Statistical return of the lunatic asylum in Assam - 1912-1932
Year: 1912
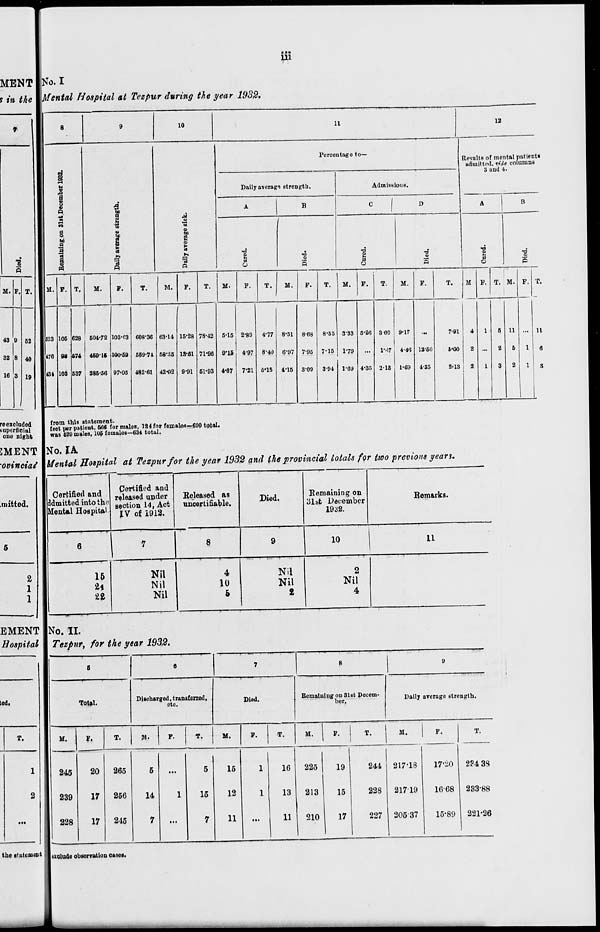
MENT
y in the
3
s
M. F.
43 0
32
16 3
•»»
111
No. I
Mental Hospital at Tezpur during the year 1932.
10
n
12
a
o
P
a o
bo
a
I
CS
a
5
44
s,
B
rt
P
Percentage to-
Daily average strength.
B
0
Admissions.
Results of mental putients
admitted, vide columns
3 and 4.
D
s
"8
P
II. F.
M.
M.
M.
M.
T.
623
476
131
105
9«
103
628 604-72
£74 46016
S37 386-66
103-63
100-59
97-05
608-36
569-71
482-61
63-14
58-:l5
42-02
15-28
13-61
9-91
78-42
71'96
51-93
5-15 2-89
9-15
4-87
4-97
7-21
4-77
8-40
6-18
8-51
6-97
4-15
8-68
7-95
3-09
8-55
7-15
3-94
M.
F.
T.
M.
F.
T.
M F. T. M. F.
3-33 5-20 360 9-17
7-91
4
1
5 11
1-79
... l-'!7 4-1'J 12-60
S'OO
2 ...
2
6
1
1-6!) 4-35 2-18 1-69 4-35
2-13
2
1
3
2
1
T.
11
0
S
re excluded
superficial
one night
SMENT
'ovinciai
mitted.
2
1
1
EMENT
Hospital
from this statement.
feet per patient, 566 for males, 124 for females—690 total.
was 629 males, 106 females—634 total.
No. I A.
Mental Hospital at Tezpur for the year 1932 and the provincial totals for two previous years.
Certified and
ddmitted into the
Mental Hospital
ted.
T.
Certified and
released under
section 14, Act
IV of 1913.
Released as
nncertifiable.
Died.
Remaining on
31st Deeembcr
19SB.
Remarks.
6
8
10
11
16
Nil
Nil
Nil
4
10
5
Nil
Nil
2
2
Nil
4
No. II.
Tezpnr, for the year 1932.
the statement
Total.
Discharged, transferred,
etc
Diod.
Remaining on 31st Peeem-
her.
Dally averago strength.
M.
245
239
228
F.
T.
JM-
F.
T.
M.
F.
T.
M.
F.
T.
M.
F.
20
265
6
...
5
15
1
16
225
19
244 217-18
17'20
17
256
14
1
15
12
1
13
213
15
228 21719
1668
17
245
7
...
7
11
...
11
210
i
17
1
227 20537
15-89 1
T.
284 38
233-88
• uludo observation cases.